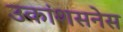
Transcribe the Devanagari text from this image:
उकांशसनेस